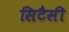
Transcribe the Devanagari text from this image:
सिटैसी